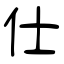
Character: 仕